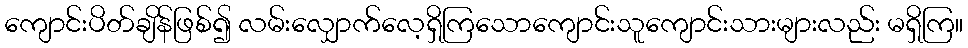
ကျောင်းပိတ်ချိန်ဖြစ်၍ လမ်းလျှောက်လေ့ရှိကြသောကျောင်းသူကျောင်းသားများလည်း မရှိကြ။